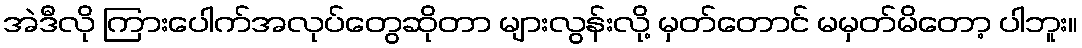
အဲဒီလို ကြားပေါက်အလုပ်တွေဆိုတာ များလွန်းလို့ မှတ်တောင် မမှတ်မိတော့ ပါဘူး။